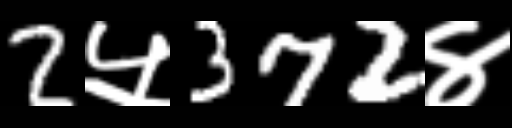
Text: 2५372४